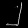
Digit: ၂